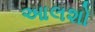
આલશો